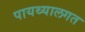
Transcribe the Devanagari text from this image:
पायथ्यालगत